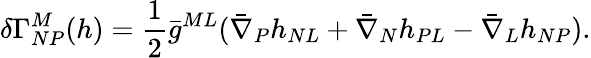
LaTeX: \delta\Gamma_{NP}^{M}(h)={\frac{1}{2}}\bar{g}^{ML}(\bar{\nabla}_{P}h_{NL}+\bar{\nabla}_{N}h_{PL}-\bar{\nabla}_{L}h_{NP}).